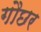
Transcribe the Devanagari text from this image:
गौछर